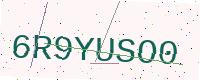
Text: 6R9YUSO0